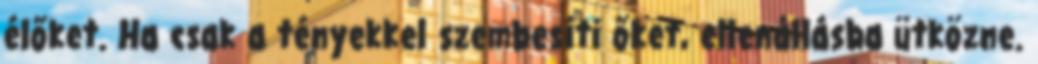
élőket. Ha csak a tényekkel szembesíti őket, ellenállásba ütközne.